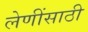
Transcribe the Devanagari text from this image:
लेणींसाठी